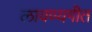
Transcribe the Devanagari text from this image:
लावण्यगीत